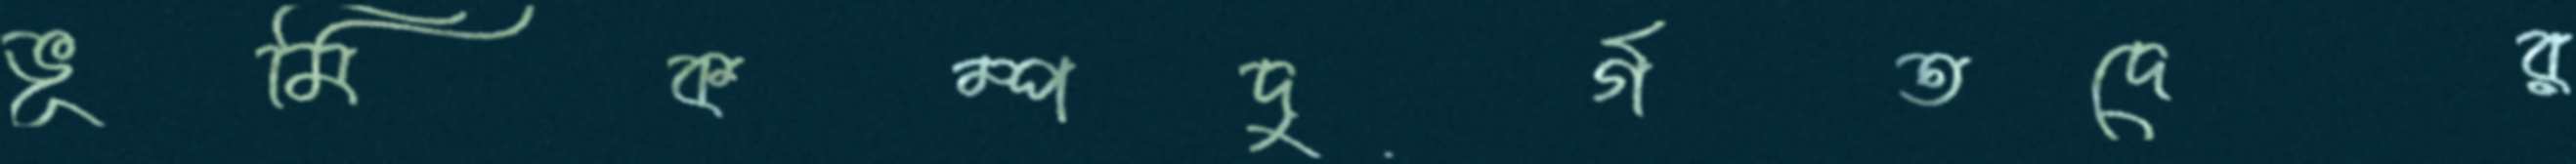
ভূমিকম্পদুর্গতদের